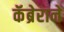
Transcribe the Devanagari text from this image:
कॅब्रेराने